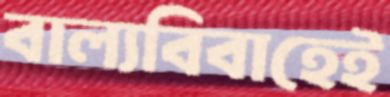
বাল্যবিবাহেই